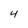
Character: 4